Code of medical and sanitary regulations for the guidance of medical officers serving in the Madras Presidency - Volume I
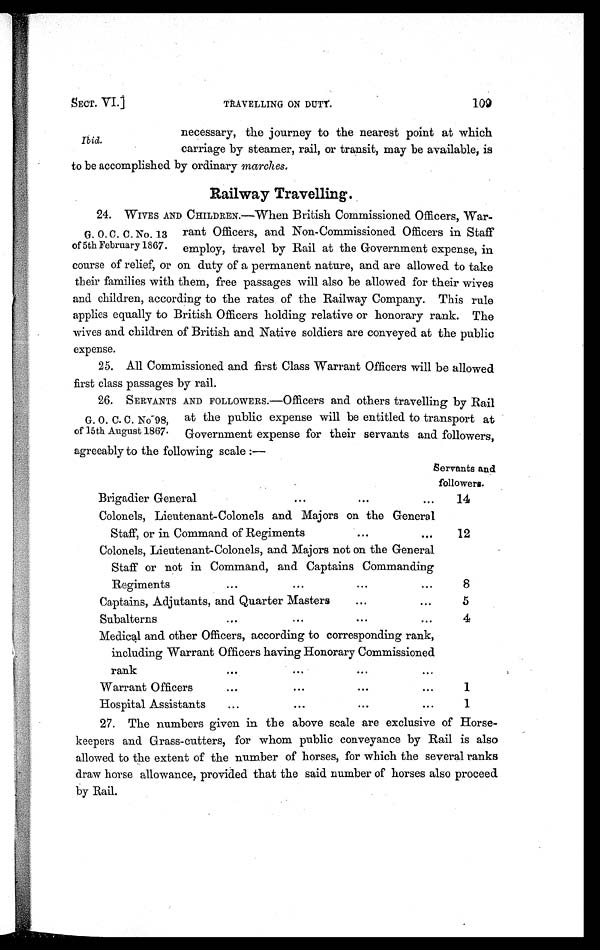
SECT. VI.]
TRAVELLING ON DUTY. 100
necessary, the journey to the nearest point at which
Ibid.
carriage by steamer, rail, or transit, may be available, is
to be accomplished by ordinary marches.
Railway Travelling.
2 4 . W I V E S A N D C H I L D R E N . — W h e n B r i t i s h C o m m i s s i o n e d O f f i c e r s , W a r -
G . O . C . C . N o . 1 3 r a n t O f f i c e r s , a n d N o n - C o m m i s s i o n e d O f f i c e r s i n S t a f f
of 5th February 1867. employ, travel by Rail at the Government expense, in
course of relief, or on duty of a permanent nature, and are allowed to take
their families with them, free passages will also be allowed for their wives
and children, according to the rates of the Railway Company. This rule
applies equally to British Officers holding relative or honorary rank. The
wives and children of British and Native soldiers are conveyed at the public
expense.
25. All Commissioned and first Class Warrant Officers will be allowed
first class passages by rail.
26. SERVANTS AND FOLLOWERS.—Officers and others travelling by Rail
G . O . C . C . N o 9 8 , a t t h e p u b l i c e x p e n s e w i l l b e e n t i t l e d t o t r a n s p o r t a t
of 15th August 1867. Government expense for their servants and followers,
agreeably to the following scale :—
Servants and
followers.
Brigadier General
. • •
. . .
. . . 14
Colonels, Lieutenant-Colonels and Majors on the General
Staff, or in Command of Regiments
• .. 12
Colonels, Lieutenant-Colonels, and Majors not on the General
Staff or not in Command, and Captains Commanding
Regiments
...
...
• .. . . . 8
Captains, Adjutants, and Quarter Masters ..
. . . 5
Subalterns
. . .
. . .
• . •
. . . 4
Medical and other Officers, according to corresponding rank,
including Warrant Officers having Honorary Commissioned
rank
. . .
. . .
. . .
Warrant Officers
. . .
. . .
• . .
. . . 1
Hosnital Assistants ...
. . .
. . .
. . . 1
1.
27. The numbers given in the above scale are exclusive of Horse-
keepers and Grass-cutters, for whom public conveyance by Rail is also
allowed to the extent of the number of horses, for which the several ranks
draw horse allowance, provided that the said number of horses also proceed
by Rail.